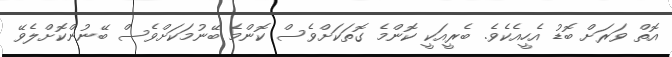
އޮތް ވަރަށް ބޮޑު އެހީއެކެވެ. ބެރީއަކީ ކޮންމެ ގޮތަކަށްވެސް ކޮންމެ ބޭނުމަކަށްވެސް ބޭނުންކޮށްލެވޭ